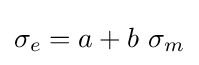
\sigma _{e}=a+b~\sigma _{m}